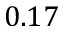
0 . 1 7